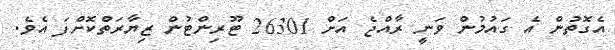
އެގޮތުން އެ ގައުމުން ވަނީ ރާއްޖެ އަށް 26301 ޓޫރިންޓުން ޒިޔާރަތްކޮށްފަ އެވެ.